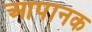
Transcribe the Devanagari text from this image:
आपानक